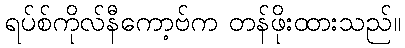
ရပ်စ်ကိုလ်နီကော့ဗ်က တန်ဖိုးထားသည်။